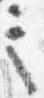
言